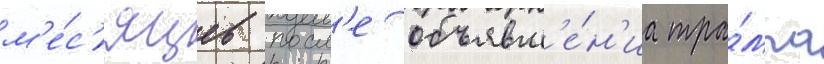
м'е́с'яцев посл'е объявл'е́н'иа тра́мпа